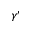
\gamma ^ { \prime }